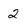
Character: 2